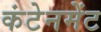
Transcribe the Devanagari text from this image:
कंटेनमेंट